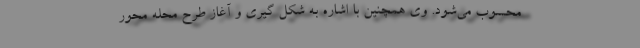
محسوب می‌شود. وی همچنین با اشاره به شکل گیری و آغاز طرح محله محور